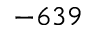
- 6 3 9